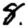
Digit: 8